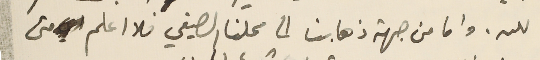
لله. واما من جهة ذهابنا الى محلنا الصيفي فلا اعلم متى